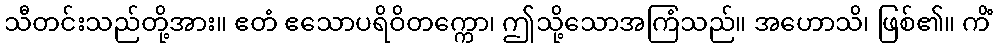
သီတင်းသည်တို့အား။ ဧတံ ဧသောပရိဝိတက္ကော၊ ဤသို့သောအကြံသည်။ အဟောသိ၊ ဖြစ်၏။ ကိံ